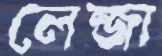
লেন্জা